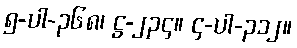
၅-ပါ-၃၆၈၊ ဋ္ဌ-၂၃၄။ ၄-ပါ-၃၁၂။